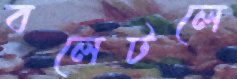
বলেটলে